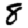
Digit: 8